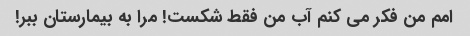
امم من فکر می کنم آب من فقط شکست! مرا به بیمارستان ببر!